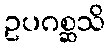
ဥပဂစ္ဆသိ